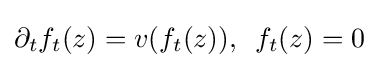
\partial _{t}f_{t}(z)=v(f_{t}(z)),\,\,\,f_{t}(z)=0~